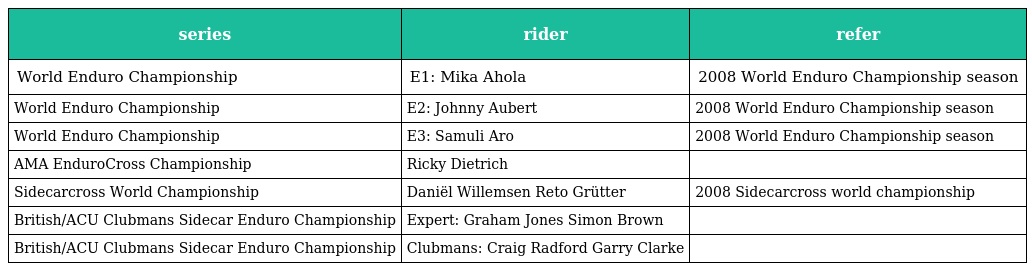
| series | rider | refer |
 | --- | --- | --- |
 | World Enduro Championship | E1: Mika Ahola | 2008 World Enduro Championship season |
 | World Enduro Championship | E2: Johnny Aubert | 2008 World Enduro Championship season |
 | World Enduro Championship | E3: Samuli Aro | 2008 World Enduro Championship season |
 | AMA EnduroCross Championship | Ricky Dietrich |  |
 | Sidecarcross World Championship | Daniël Willemsen Reto Grütter | 2008 Sidecarcross world championship |
 | British/ACU Clubmans Sidecar Enduro Championship | Expert: Graham Jones Simon Brown |  |
 | British/ACU Clubmans Sidecar Enduro Championship | Clubmans: Craig Radford Garry Clarke |  |